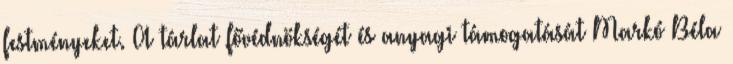
festményeket. A tárlat fővédnökségét és anyagi támogatását Markó Béla